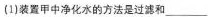
(1)装置甲中净化水的方法是过滤和___